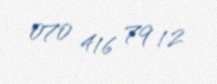
070 416 79 12